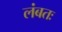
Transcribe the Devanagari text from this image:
लंबतः